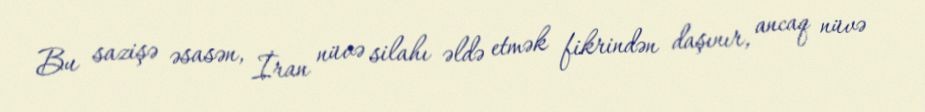
Bu sazişə əsasən, İran nüvə silahı əldə etmək fikrindən daşınır, ancaq nüvə